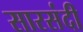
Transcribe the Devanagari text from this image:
सारसंदी